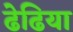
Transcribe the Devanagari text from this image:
ढेढिया